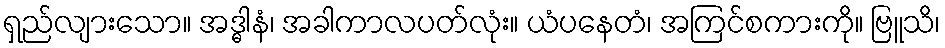
ရှည်လျားသော။ အဒ္ဓါနံ၊ အခါကာလပတ်လုံး။ ယံပနေတံ၊ အကြင်စကားကို။ ဗြူသိ၊